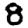
Digit: 8